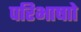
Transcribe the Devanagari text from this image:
परिभाषाो